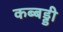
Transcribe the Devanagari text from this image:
कब्बड्डी